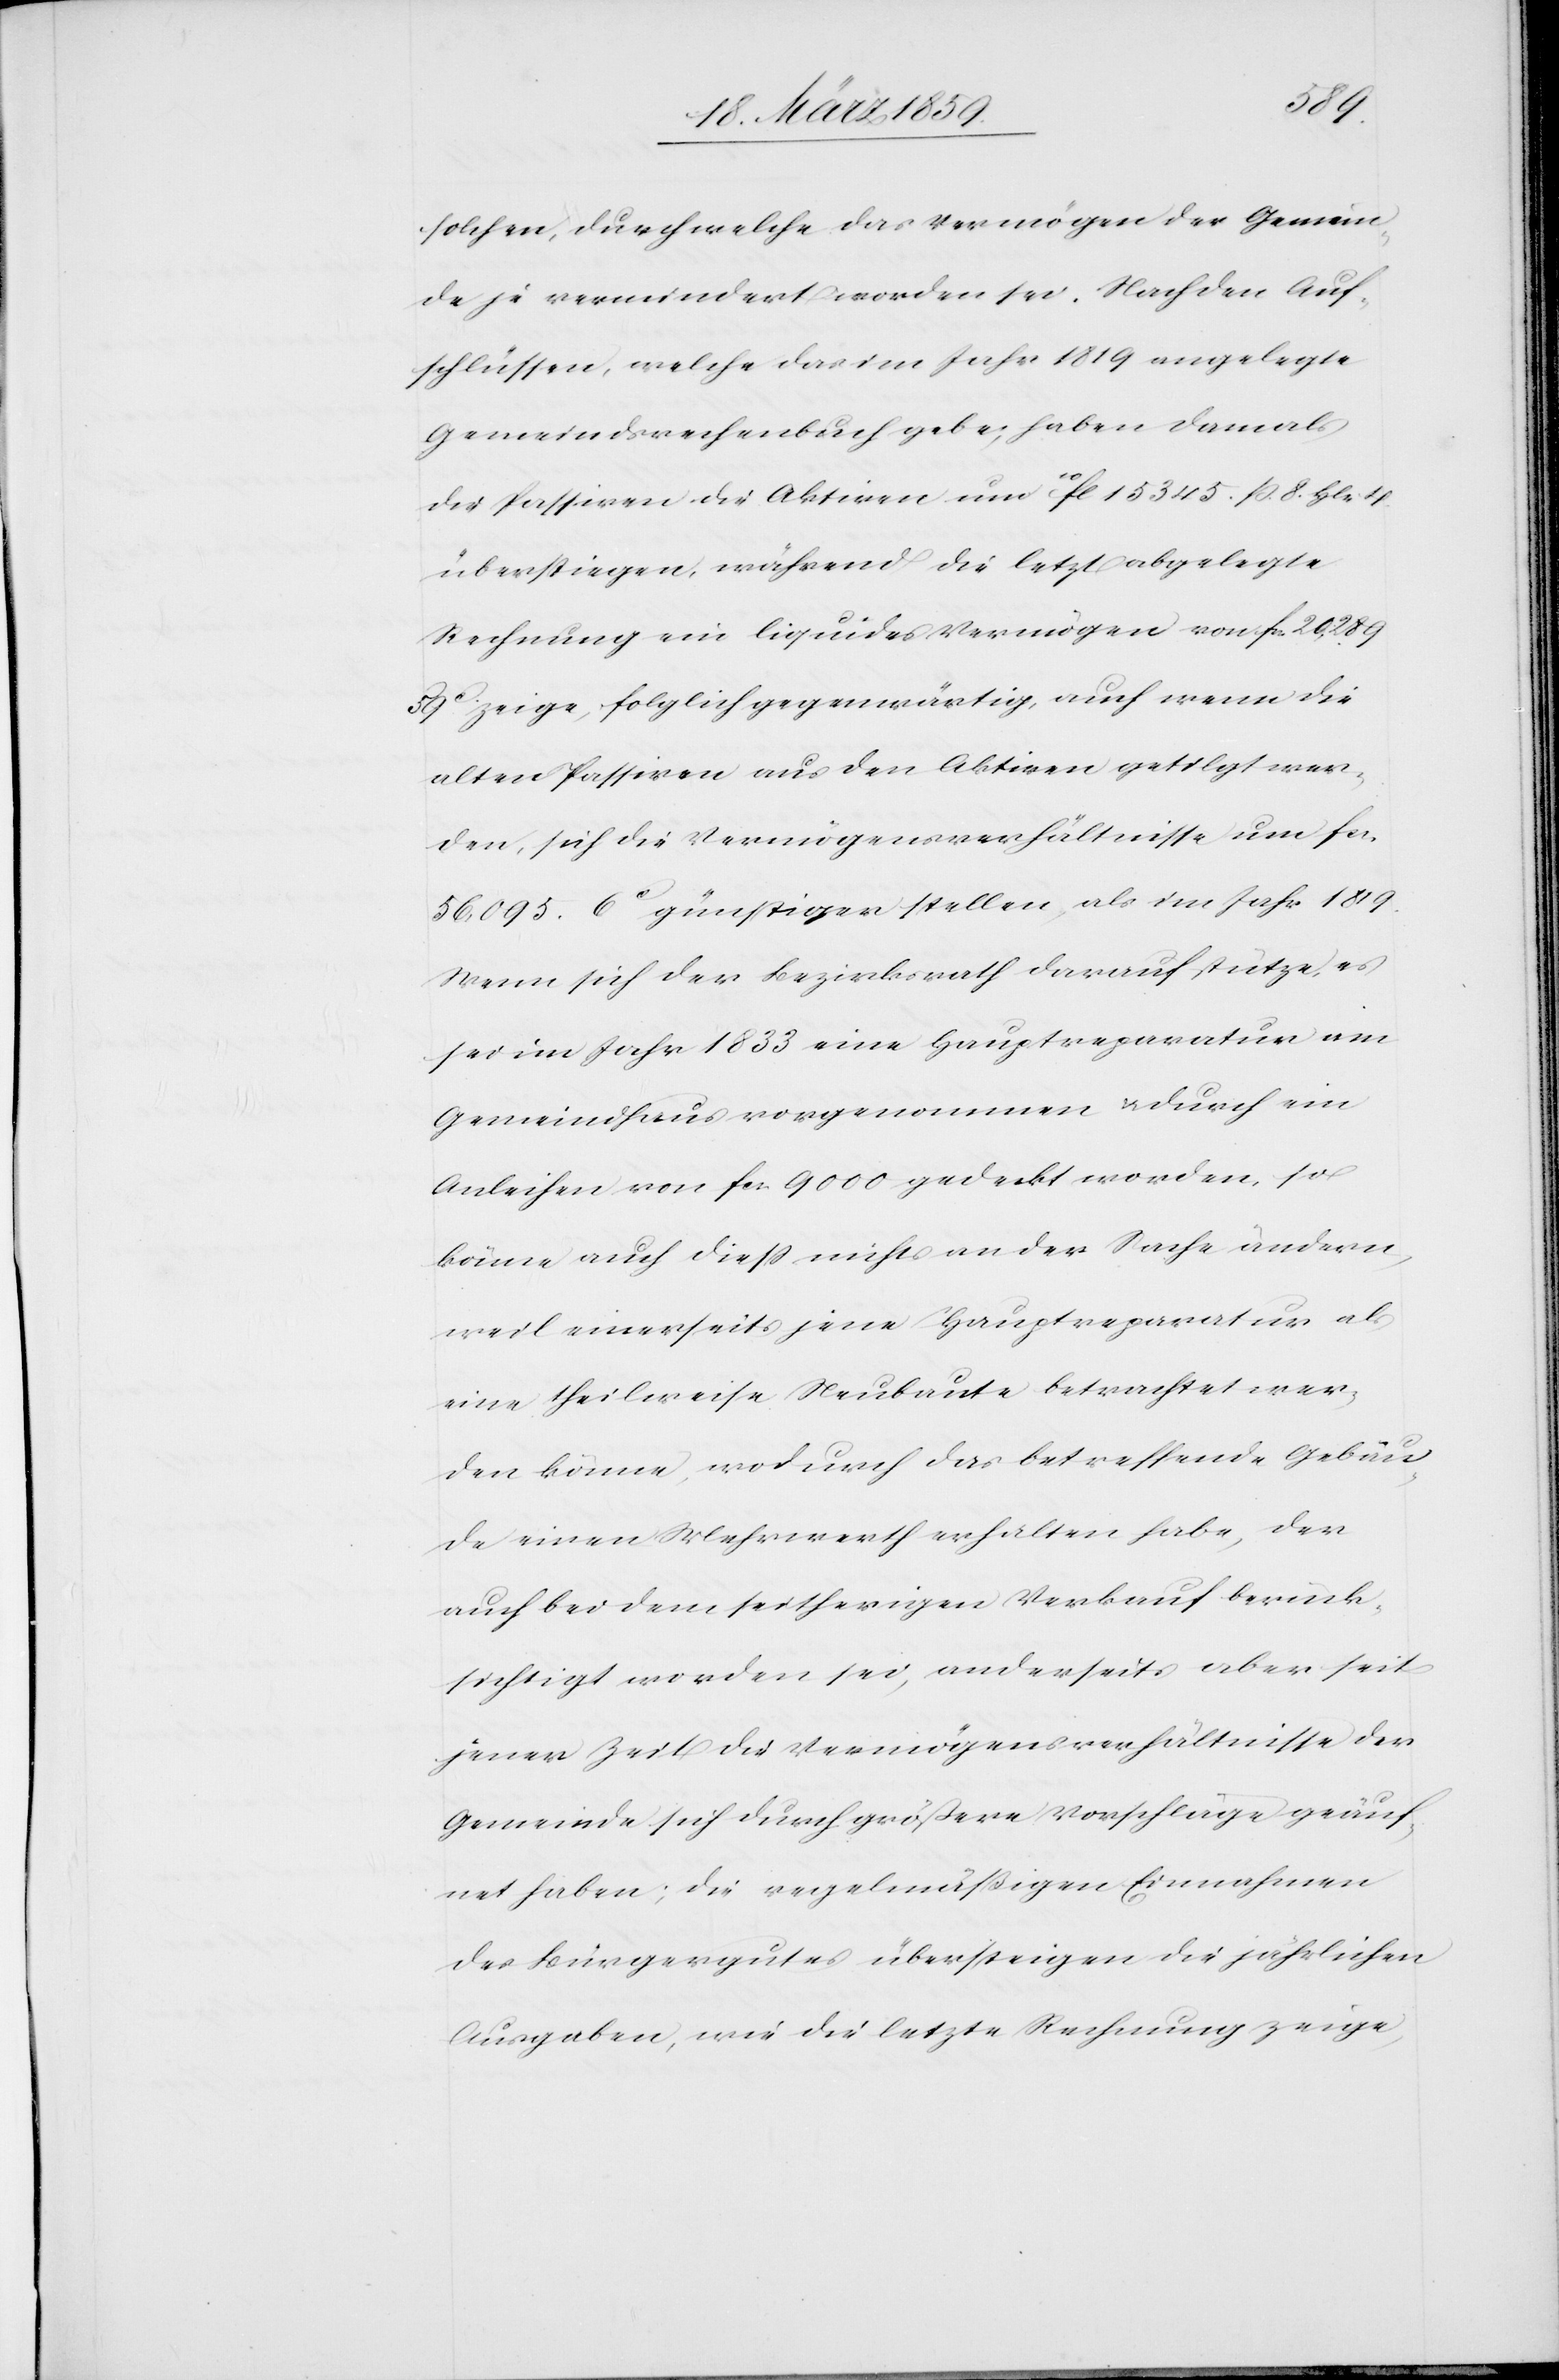
solchen, durch welche das Vermögen der Gemein¬
de je vermindert worden sei. Nach den Auf¬
schlüssen, welche das im Jahr 1819 angelegte
Gemeindsrechenbuch gebe; haben damals
die Passiven die Aktiven um 10 fl 15 345. ß. 8. Hlr.
überstiegen; während die letzt abgelegte
Rechnung ein liquides Vermögen von fcs. 20,289
59c zeige, folglich gegenwärtig, auch wenn die
alten Passiven aus den Aktiven getilgt wer¬
den, sich die Vermögensverhältnisse um fcs.
56,095. 6c günstiger stellen, als im Jahr 1819.
Wenn sich der Bezirksrath darauf stütze, es
sei im Jahr 1833 eine Hauptreparatur am
Gemeindhaus vorgenommen u. durch ein
Anleihen von fcs. 9000 gedeckt worden, so
könne auch dieß nichts an der Sache ändern,
weil einerseits jene Hauptreparatur als
eine theilweise Neubaute betrachtet wer¬
den könne, wodurch das betreffende Gebäu¬
de einen Mehrwerth erhalten habe, der
auch bei dem seitherigen Verkauf berück¬
sichtigt worden sei, anderseits aber seit
jener Zeit die Vermögensverhältnisse der
Gemeinde sich durch größere Vorschläge geäuf¬
net haben; die regelmäßigen Einnahmen
des Bürgergutes übersteigen die jährlichen
Ausgaben, wie die letzte Rechnung zeige,